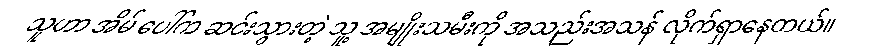
သူဟာ အိမ် ပေါ်က ဆင်းသွားတဲ့ သူ့ အမျိုးသမီးကို အသည်းအသန် လိုက်ရှာနေတယ်။